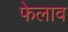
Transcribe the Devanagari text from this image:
फेलाव